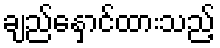
ချည်နှောင်ထားသည့်